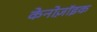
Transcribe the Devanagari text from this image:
केनोज़ॉइक